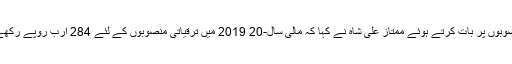
ترقیاتی منصوبوں پر بات کرتے ہوئے ممتاز علی شاہ نے کہا کہ مالی سال-20 2019 میں ترقیاتی منصوبوں کے لئے 284 ارب روپے رکھے گئے ہیں۔